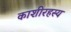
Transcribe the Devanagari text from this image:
काशीरहस्य